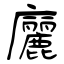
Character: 廲